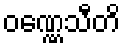
ဝဏ္ဏေသီတိ